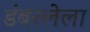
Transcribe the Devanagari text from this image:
डंबरलेला